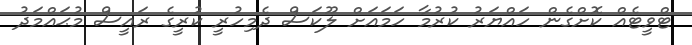
ޓްވީޓެއް ކޮށްގެން ހައްޔަރު ކުރުމާ ހަމައަށް ލޫކަސް ދެމިހުރީ ކުރީގެ ރައީސް މުޙައްމަދު